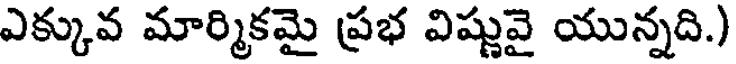
ఎక్కువ మార్మికమై ప్రభ విష్ణువై యున్నది.)